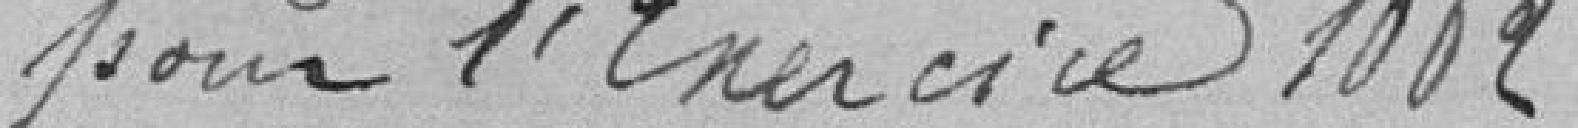
pour l'Exercice 1862